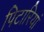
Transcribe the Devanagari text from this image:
पिटारियां